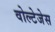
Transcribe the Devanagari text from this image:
वोल्टेजेस